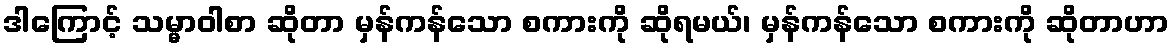
ဒါကြောင့် သမ္မာဝါစာ ဆိုတာ မှန်ကန်သော စကားကို ဆိုရမယ်၊ မှန်ကန်သော စကားကို ဆိုတာဟာ